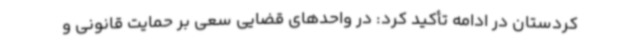
کردستان در ادامه تأکید کرد: در واحدهای قضایی سعی بر حمایت قانونی و